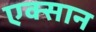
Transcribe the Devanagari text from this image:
एक्सान